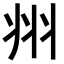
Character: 𭘀